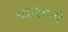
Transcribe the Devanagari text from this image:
थ्वारवती